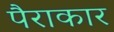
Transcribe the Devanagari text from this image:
पैराकार